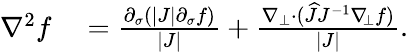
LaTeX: \begin{array}{rl}{\nabla^{2}f}&{{}=\frac{\partial_{\sigma}(|J|\partial_{\sigma}f)}{|J|}+\frac{\nabla_{\bot}\cdot(\widehat{J}J^{-1}\nabla_{\! \bot}f)}{|J|}.}\end{array}